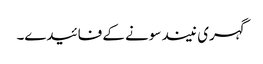
گہری نیند سونے کے فائیدے۔